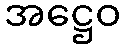
အဋ္ဌေဝ